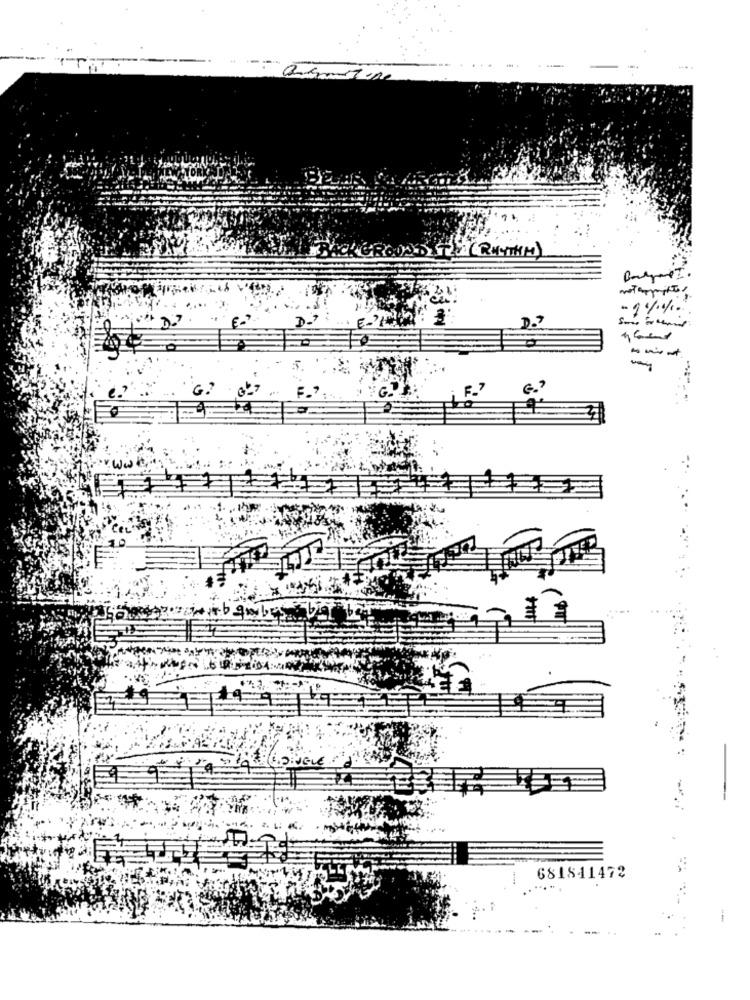
-1%/. ..
. mi
E.
bambus
681841472